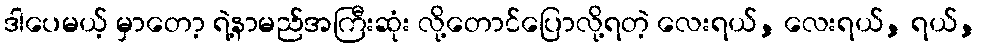
ဒါပေမယ့် မှာတော့ ရဲ့နာမည်အကြီးဆုံး လို့တောင်ပြောလို့ရတဲ့ လေးရယ်, လေးရယ်, ရယ်,